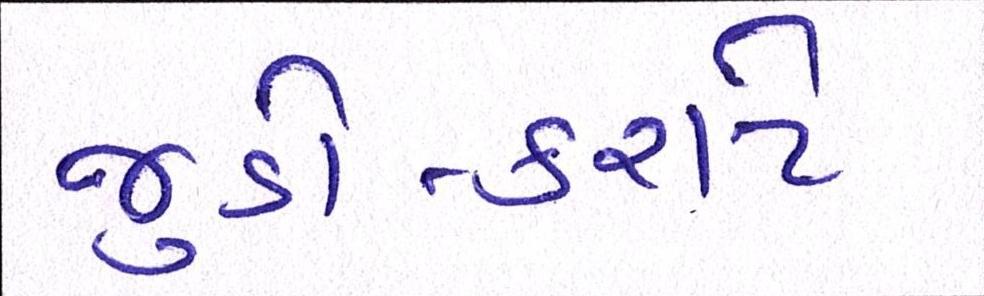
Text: જુડો-કરાટે